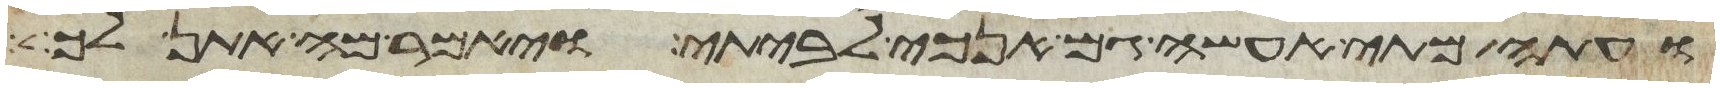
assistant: ועתה מתי אעשה גם אנכי לביתי ויאמר מה אתן לך